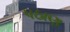
પઠાણ